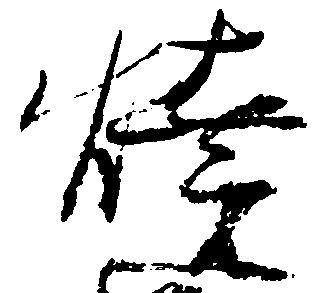
焼